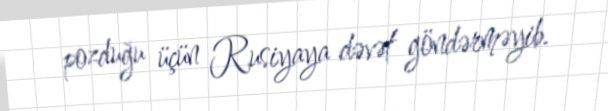
pozduğu üçün Rusiyaya dəvət göndərməyib.